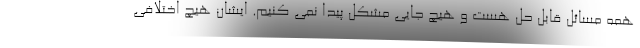
همه مسائل قابل حل هست و هیچ جایی مشکل پیدا نمی کنیم. ایشان هیچ اختلافی